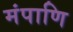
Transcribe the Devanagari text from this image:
मंपाणि